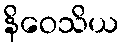
နိဝေသိယ